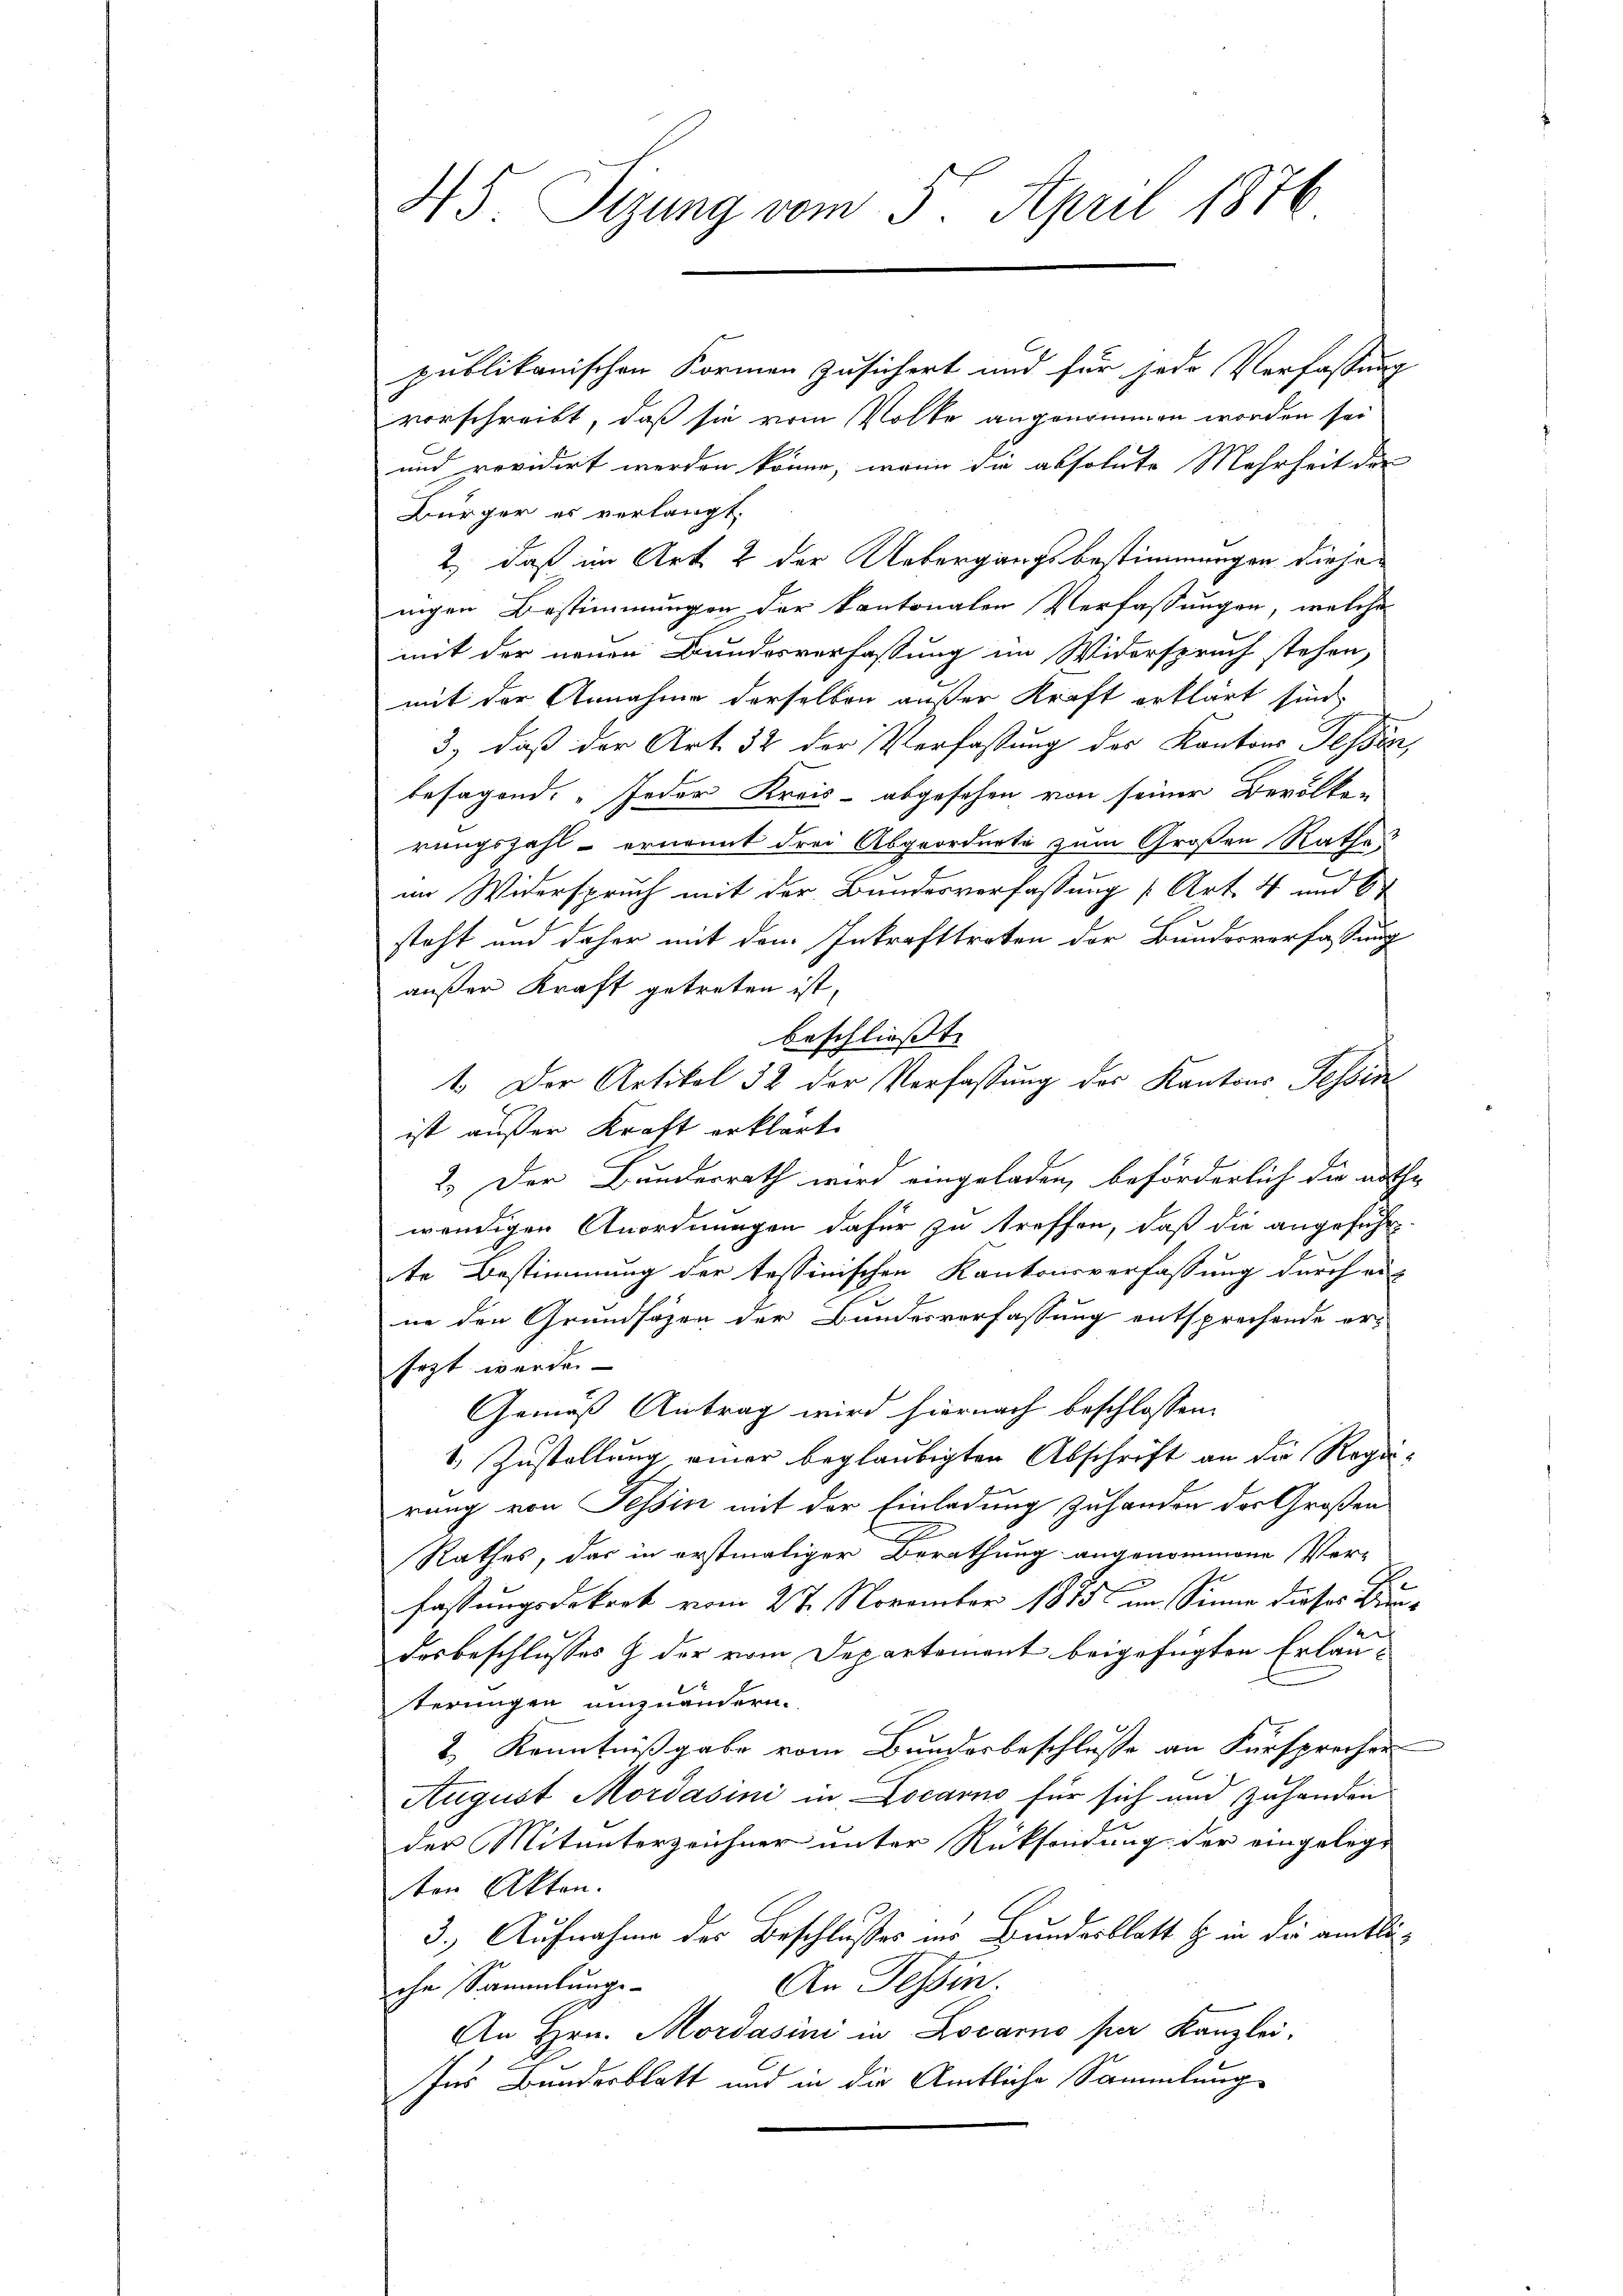
45. Sizung vom 5. April 1876

publikanischen Formen zusichert und für jede Verfassung
vorschreibt, daß sie vom Volke angenommen worden sei
und revidirt werden könne, wenn die absolute Mehrheit der
Bürger es verlangt.
2.) daß im Art. 2 der Uebergangsbestimmungen diesenigen Bestimmungen der kantonalen Verfassungen, welche
mit der neuen Bundesverfassung im Widerspruch stehen,
mit der Annahme derselben außer Kraft erklärt sind,
3) daß der Art. 32 der Verfassung des Kantons Tessin,
besagend: „Jeder Kreis- abgesehen von seiner Bevölke-
rungszahl - ernannt drei Abgeorderte zum Großen Rathes
im Widerspruch mit der Bundesverfassung [Art. 4 und 6
steht und daher mit dem Inkrafttreten der Bundesverfassung
außer Kraft getreten ist,
beschließt:
t. Der Artikel 32 der Verfassung des Kantons Tessin
ist außer Kraft erklärt.
2.) Der Bundesrath wird eingeladen, beförderlich die authe
wendigen Anordnungen dafür zu treffen, daß die angeführ-
te Bestimmung der tessinischen Kantonsverfassung durch ei-
ne den Grundsäzen der Bundesverfassung entsprechende ersezt werden
Gemäß Antrag wird hiernach beschlossen:
1. Zustellung einer beglaubigten Abschrift an die Regierung von Tessin mit der Einladung zuhanden der Großen
2
Rathes, das in erstmaliger Berathung angenommene Ver-
fassungsdekret vom 27. November 1875 im Sinne dieses Bundesbeschlusses & der vom Departement beigefügten Erlauterungen umzuändern.
2.) Kenntnißgabe vom Bundesbeschlusse an Fürsprecher
August Mordasini in Locarno für sich und zuhanden
der Mitunterzeichner unter Rücksendung der eingelegt
ten Akten.
3.) Aufnahme des Beschlusses im Bundesblatt & in die amtli¬
An Tessin.
che Sammlungs-
An Hrn. Mordasini in Locarno per Kanzlei,
Ins Bundesblatt und in die Amtliche Sammlung